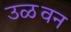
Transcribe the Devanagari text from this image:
उळवन